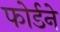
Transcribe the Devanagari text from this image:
फोर्डने